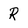
Character: R